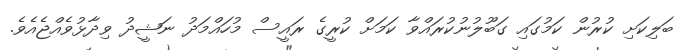
ބަލިކަށި ކުރުން ކަމުގައި ގަބޫލުނުކުރައްވާ ކަމަށް ކުރީގެ ރައީސް މުހައްމަދު ނަޝީދު ވިދާޅުވެއްޖެއެވެ.